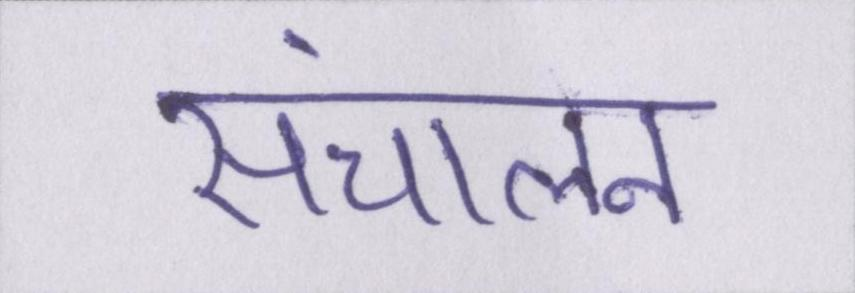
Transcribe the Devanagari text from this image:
संचालन